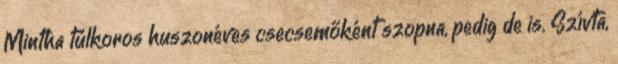
Mintha túlkoros huszonéves csecsemőként szopna, pedig de is. Szívta,